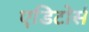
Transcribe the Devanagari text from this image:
एडिटोर्स